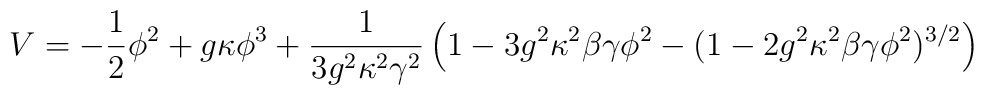
V = -\frac{1}{2}\phi^2 + g \kappa \phi^3 +\frac{1}{3 g^2 \kappa^2 \gamma^2} \left(1  -3g^2 \kappa^2 \beta \gamma \phi^2-(1-2 g^2 \kappa^2\beta \gamma \phi^2)^{3/2} \right)